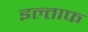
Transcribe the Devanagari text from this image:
इल्ताफ